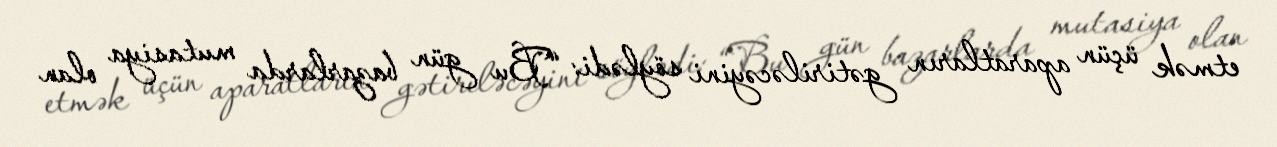
etmək üçün aparatların gətiriləcəyini söylədi: “Bu gün bazarlarda mutasiya olan